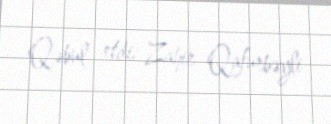
Qəbul etdi: Zahir Qafurbəyli